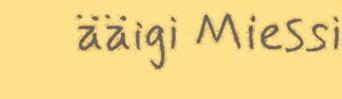
ääigi Miessi